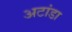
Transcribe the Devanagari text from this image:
अटांडा